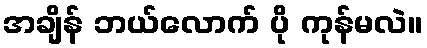
အချိန် ဘယ်လောက် ပို ကုန်မလဲ။